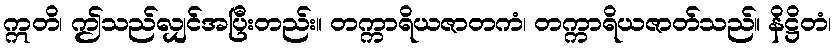
ဣတိ၊ ဤသည်လျှင်အပြီးတည်း။ တက္ကာရိယဇာတကံ၊ တက္ကာရိယဇာတ်သည်။ နိဋ္ဌိတံ၊